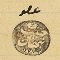
عضو حبيب نبهان ١٨٨٠